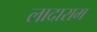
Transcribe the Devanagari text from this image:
लादाराम